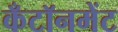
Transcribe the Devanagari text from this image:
कँटॉनमेंट